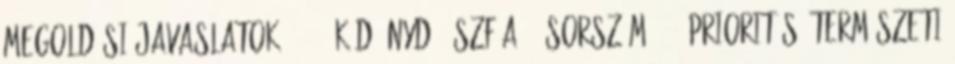
Megoldási javaslatok 36 47 Kód: NyD-2-SzF-A-12 Sorszám: 719 Prioritás: Természeti